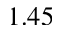
1 . 4 5